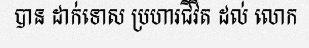
បាន ដាក់ទោស ប្រហារជីវិត ដល់ លោក